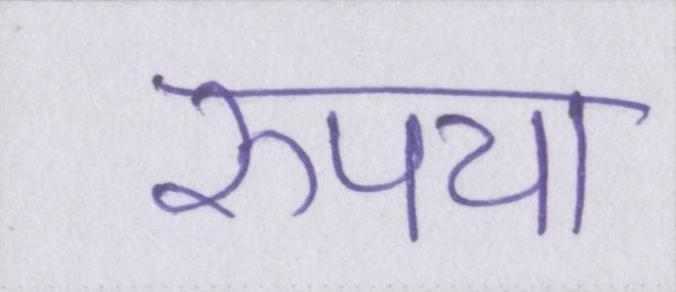
रुपया